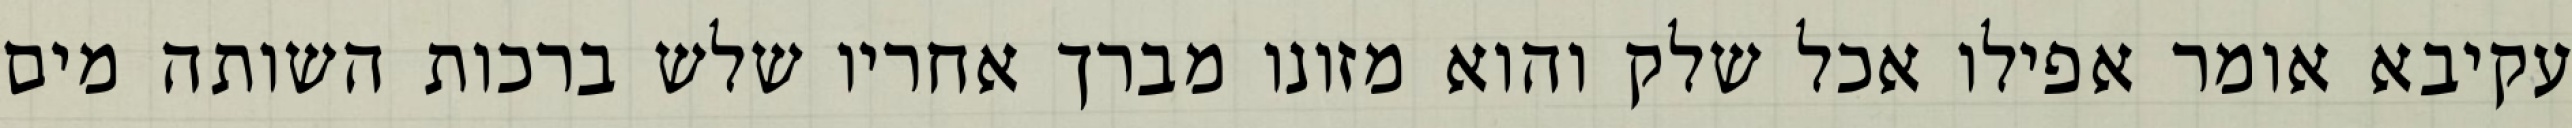
עקיבא אומר אפילו אכל שלק והוא מזונו מברך אחריו שלש ברכות השותה מים